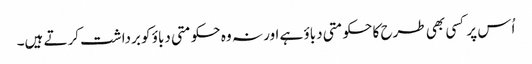
اُس پر کسی بھی طرح کا حکومتی دباؤ ہے اور نہ وہ حکومتی دباؤ کو برداشت کرتے ہیں۔